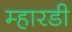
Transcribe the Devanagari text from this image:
म्हारडी